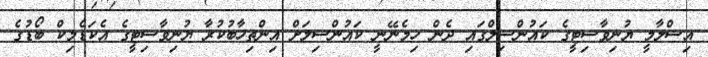
އިސްލާމީ ޔުނިވާސިޓީގެ ކައުންސިލްގައި ދެން ހިމެނޭނީ ކައުންސިލަށް އިންތިހާބުކުރާ ޔުނިވާސިޓީގެ އެކަޑެމިކް ބޯޑުގެ